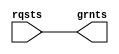
module arb_strict #(
    parameter WID = 16 // rqsts and grnts bus width in bits
) (
    input wire [WID-1:0] rqsts , // Request bus
    output reg [WID-1:0] grnts   // grnts bus
);
    // Internal wires // 
    wire [WID-1:0] prev_g ; // Previous grnts, prev_g[i] is high if a request was granted in index j<i

    // Generate internal grant logic // 
    genvar i;
    generate
        for (i = 0; i < WID; i = i + 1) begin
            if (i==0) begin
                assign prev_g[i] = 1'b0     ; // prev_g initial conditions
                assign grnts[i]  = rqsts[i] ; // grnts initial conditions
            end
            else begin
                assign prev_g[i] = prev_g[i-1] & rqsts[i-1] ; // previous grant check previous grnts and nearest request
                assign grnts[i]  = ~prev_g[i]  & rqsts[i]   ; // grant only if not previously granted and request is high
            end
        end
    endgenerate

endmodule